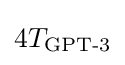
4T_{\text{GPT-3}}